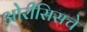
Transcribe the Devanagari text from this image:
ओरीसिसचे